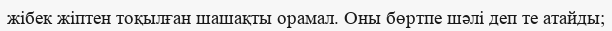
жібек жіптен тоқылған шашақты орамал. Оны бөртпе шәлі деп те атайды;